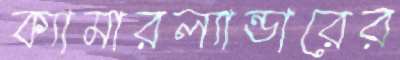
ক্যামারল্যান্ডারের